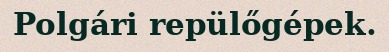
Polgári repülőgépek.